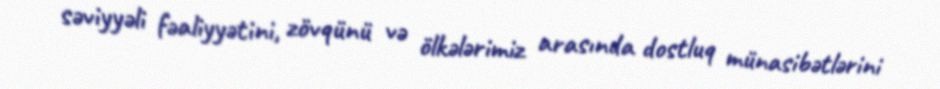
səviyyəli fəaliyyətini, zövqünü və ölkələrimiz arasında dostluq münasibətlərini